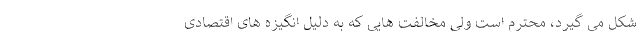
شکل می گیرد، محترم است ولی مخالفت هایی که به دلیل انگیزه های اقتصادی